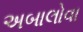
અબાલોવા